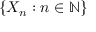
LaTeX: \{ X _ { n } : n \in \mathbb { N } \}